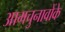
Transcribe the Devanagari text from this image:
आमचुनावोंके